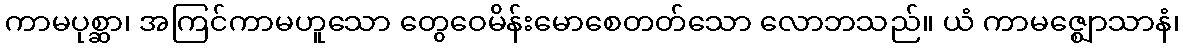
ကာမပုစ္ဆာ၊ အကြင်ကာမဟူသော တွေဝေမိန်းမောစေတတ်သော လောဘသည်။ ယံ ကာမဇ္ဈောသာနံ၊